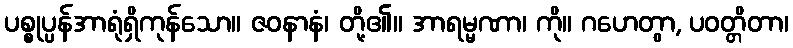
ပစ္စုပ္ပန်အာရုံရှိကုန်သော။ ဇဝနာနံ၊ တို့၏။ အာရမ္မဏာ၊ ကို။ ဂဟေတွာ, ပဝတ္တိတာ၊